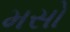
મસો